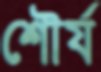
শৌর্য